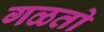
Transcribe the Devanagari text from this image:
गळतो